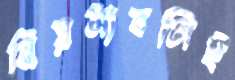
নিয়মাবলিই